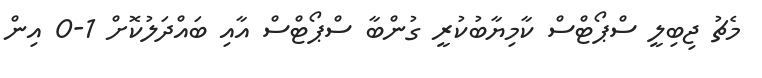
މެޗު ޖިބިލީ ސްޕޯޓްސް ކާމިޔާބުކުރީ ގުންބާ ސްޕޯޓްސް އާއި ބައްދަލުކޮށް 1-0 އިން